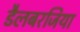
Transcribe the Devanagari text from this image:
डैलबरजिया